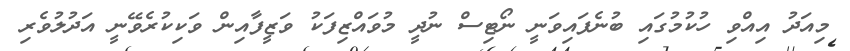
މިއަދު އިއްވި ހުކުމުގައި ބުނެފައިވަނީ ނޯޓިސް ނުދީ މުވައްޒިފަކު ވަޒީފާއިން ވަކިކުރެވޭނީ އަދުލުވެރި